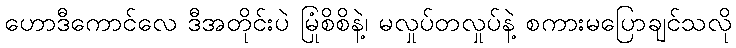
ဟောဒီကောင်လေ ဒီအတိုင်းပဲ မြုံစိစိနဲ့၊ မလှုပ်တလှုပ်နဲ့ စကားမပြောချင်သလို